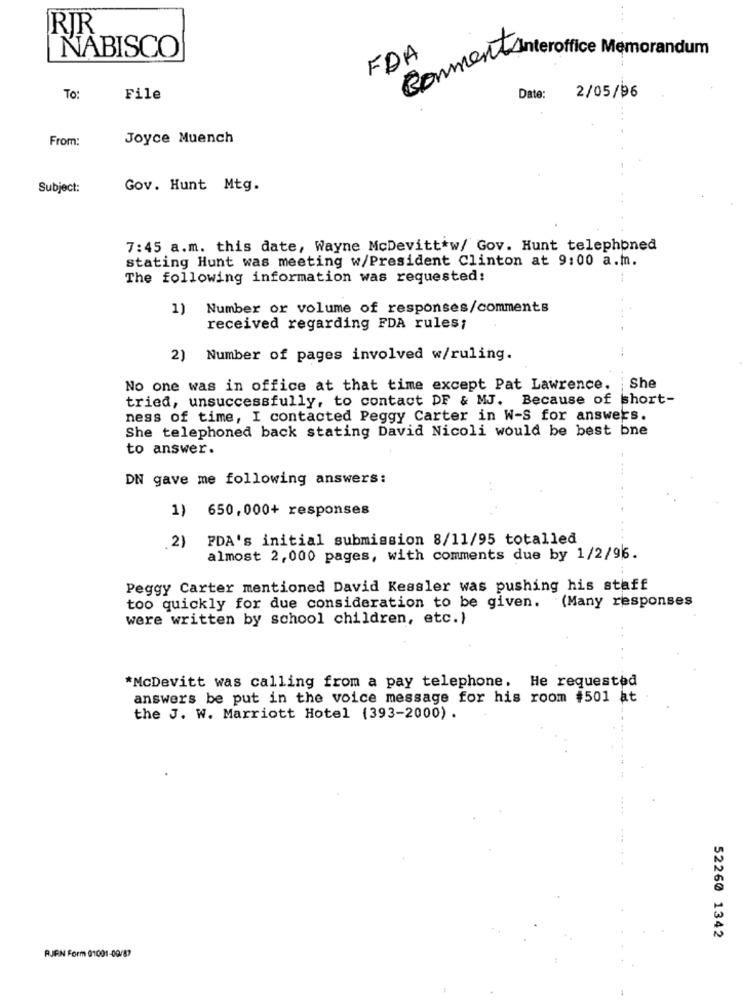
RIR
NABISCO
FDA
Comment Interoffice Memorandum
TO:
File
Date:
2/05/96
From:
Joyce Muench
Subject:
Gov. Hunt Mtg.
7:45 a.m. this date, Wayne McDevitt*w/ Gov. Hunt telephoned
stating Hunt was meeting w/President Clinton at 9:00 a.m.
The following information was requested:
1) Number or volume of responses/comments
received regarding FDA rules;
2) Number of pages involved w/ruling.
No one was in office at that time except Pat Lawrence.
She
tried, unsuccessfully, to contact DF & MJ. Because of short-
ness of time, I contacted Peggy Carter in W-S for answers.
She telephoned back stating David Nicoli would be best bne
to answer.
DN gave me following answers:
1) 650, 000+ responses
2) PDA's initial submission 8/11/95 totalled
almost 2,000 pages, with comments due by 1/2/96.
Peggy Carter mentioned David Kessler was pushing his staff
too quickly for due consideration to be given. (Many responses
were written by school children, etc.)
*McDevitt was calling from a pay telephone. He requested
answers be put in the voice message for his room #501 at
the J. W. Marriott Hotel (393-2000).
52260 1342
RJEN Form 01001-09/87